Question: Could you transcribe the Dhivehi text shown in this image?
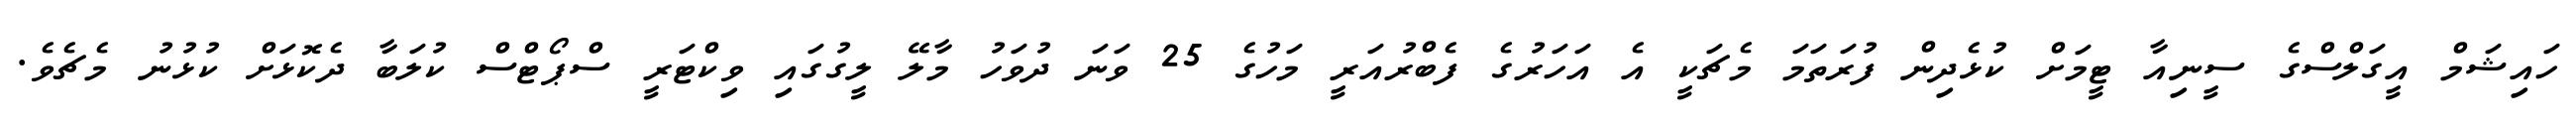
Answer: ހައިޝަމް އީގަލްސްގެ ސީނިއާ ޓީމަށް ކުޅެދިން ފުރަތަމަ މެޗަކީ އެ އަހަރުގެ ފެބްރުއަރީ މަހުގެ 25 ވަނަ ދުވަހު މާލޭ ލީގުގައި ވިކްޓަރީ ސްޕޯޓްސް ކުލަބާ ދެކޮޅަށް ކުޅުނު މެޗެވެ.